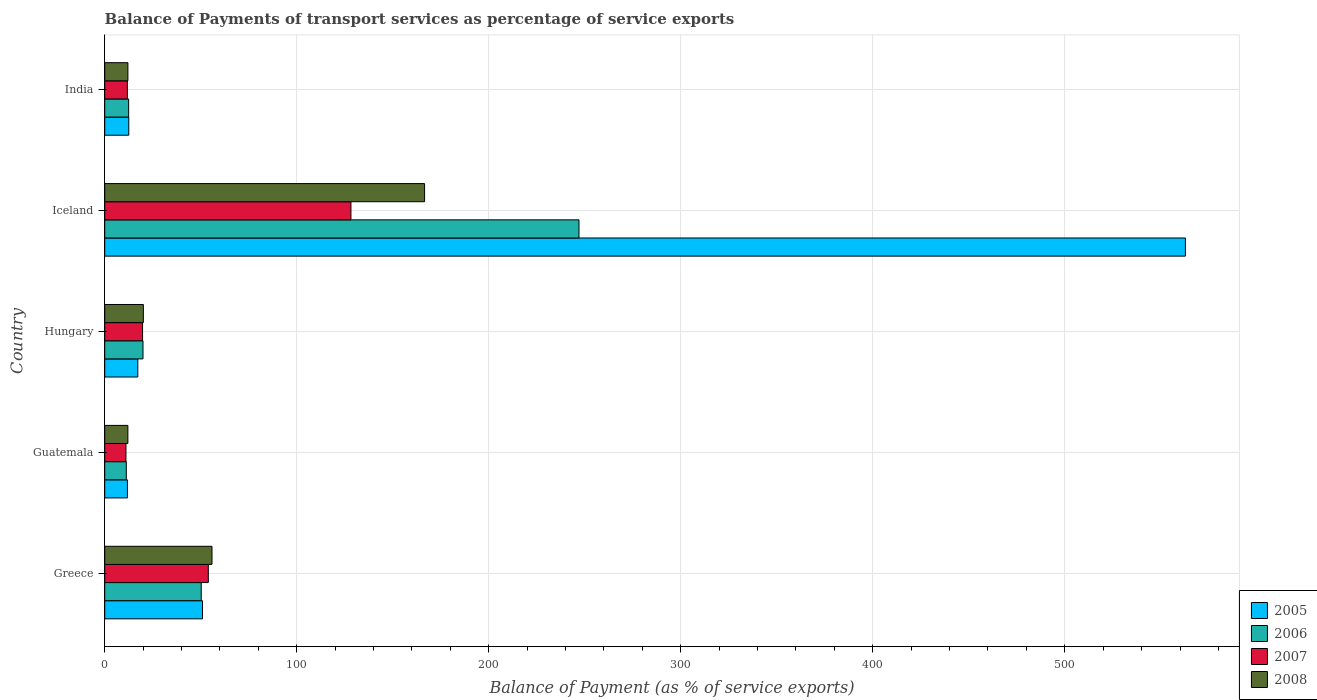
| Country | 2005 | 2006 | 2007 | 2008 |
 | --- | --- | --- | --- | --- |
 | Greece | 50.9 | 50.3 | 54 | 55.9 |
 | Guatemala | 11.8 | 11.2 | 11.1 | 12.1 |
 | Hungary | 17.2 | 19.9 | 19.7 | 20.1 |
 | Iceland | 563 | 247 | 128 | 167 |
 | India | 12.5 | 12.5 | 11.8 | 12.1 |